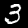
Digit: 3